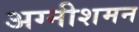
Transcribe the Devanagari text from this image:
अग्नीशमन